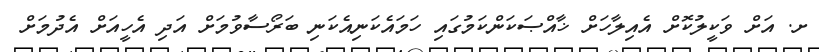
ށ. އަށް ވަކީލުކޮށް އެއިލާހަށް ޚާއްޞަކަންކަމުގައި ހަމައެކަނިއެކަނި ބަރޯސާވުމަށް އަދި އެހީއަށް އެދުމަށް